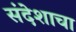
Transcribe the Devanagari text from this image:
संदेशाचा